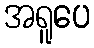
အရူပေ